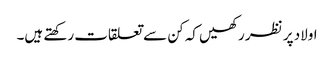
اولاد پر نظر رکھیں کہ کن سے تعلقات رکھتے ہیں۔